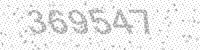
Solution: 369547